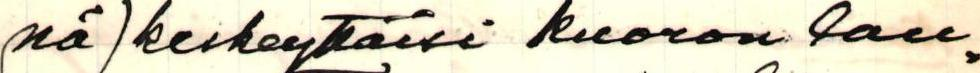
nä) keskeyttäisi kuoron lau=